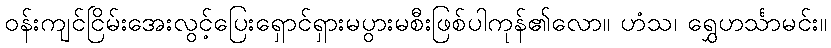
ဝန်းကျင်ငြိမ်းအေးလွင့်ပြေးရှောင်ရှားမပွားမစီးဖြစ်ပါကုန်၏လော။ ဟံသ၊ ရွှေဟင်္သာမင်း။